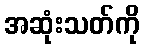
အဆုံးသတ်ကို